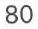
80